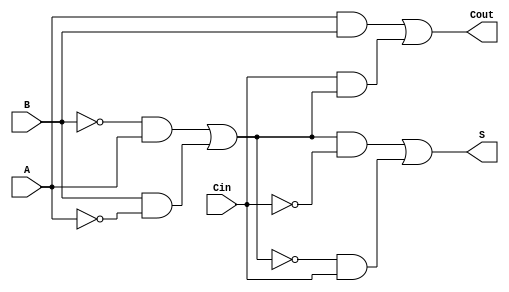
module transmission_gate_full_adder (
    input wire A,      // First input bit
    input wire B,      // Second input bit
    input wire Cin,    // Carry-in bit
    output wire S,     // Sum output
    output wire Cout   // Carry-out output
);

// Intermediate signals
wire A_B_XOR;       // Intermediate signal for A XOR B
wire AB_AND;        // Intermediate signal for A AND B
wire Cin_A_B_XOR_AND; // Intermediate signal for Cin AND (A XOR B)

// Transmission Gate for A XOR B
wire A_B_XOR_temp1, A_B_XOR_temp2;

assign A_B_XOR_temp1 = (A & ~B) | (~A & B); // A XOR B using basic logic
assign A_B_XOR_temp2 = (B & ~A) | (~B & A);
assign A_B_XOR = A_B_XOR_temp1 & A_B_XOR_temp2;

// Transmission Gate for A XOR B XOR Cin
wire S_temp1, S_temp2;

assign S_temp1 = (A_B_XOR & ~Cin) | (~A_B_XOR & Cin); // (A XOR B) XOR Cin
assign S = S_temp1;

// Transmission Gate for A AND B
assign AB_AND = A & B;

// Transmission Gate for Cin AND (A XOR B)
assign Cin_A_B_XOR_AND = Cin & A_B_XOR;

// Carry-out output using OR operation
assign Cout = AB_AND | Cin_A_B_XOR_AND;

endmodule